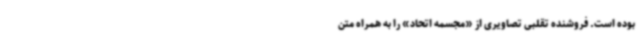
بوده است. فروشنده تقلبی تصاویری از «مجسمه اتحاد» را به همراه متن